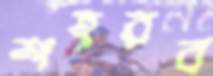
শহরব